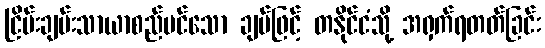
ငြိမ်းချမ်းသာယာစည်ပင်သော ချပ်ဖြင့် တနိုင်ငံသို့ အရှက်ရတတ်ခြင်း